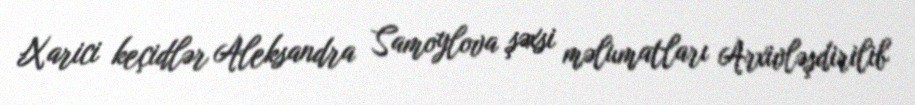
Xarici keçidlər Aleksandra Samoylova şəxsi məlumatları Arxivləşdirilib